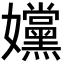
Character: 𡤭